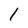
Character: l